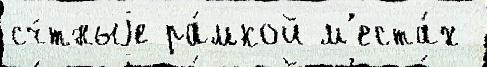
сч́тныjе ра́мкой м'еста́х